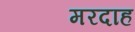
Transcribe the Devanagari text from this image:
मरदाह